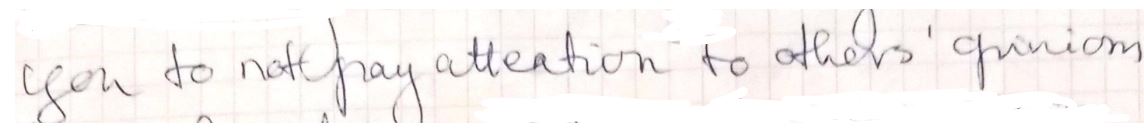
you to not pray attention to others' opinion